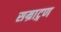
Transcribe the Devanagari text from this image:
सम्राट्गण